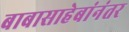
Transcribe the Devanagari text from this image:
बाबासाहेबांनंतर